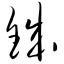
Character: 铖